Lock hospitals Punjab
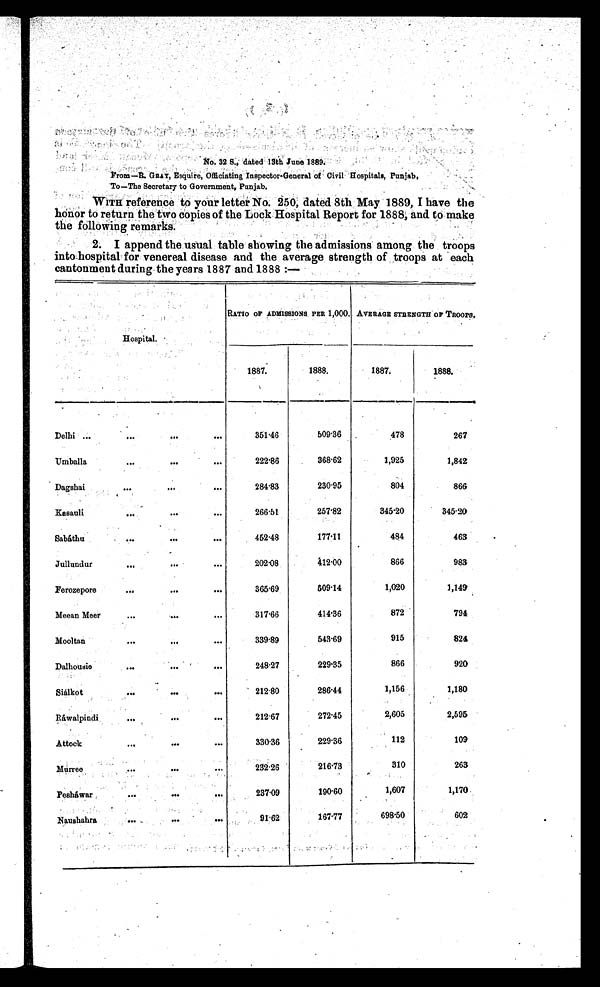
No. 32 S. dated 13th June 1889.
From-B. GRAY, Esquire, Officiating Inspector•General of Civil Hospitals, Punjab,
To-The Secretary to Government, Punjab.
WITH reference to your letter No. 250, dated 8th May 1889, I have the
honor to return the two copies of the Lock Hospital Report for 1888, and. to make
the following remarks.
2. I append the usual table showing the admissions among the troops
into hospital for venereal disease and the average strength of troops at each
cantonment during the years 1887 and 1888 :-
Hospital.
RATIO OF ADMISSIONS PER 1,000. AVERAGE STRENGTH OF TROOPS,
1887.
1888.
1 8 8 7 .
1888.
Delhi ...
. . .
...
...
351.46
509.36
478
267
Umballa
. . .
. . .
. . .
222.86
368.62
1,925
1,842
Dagshai
. . . .
. . .
. . .
284.83
230.95
804
866
Kasauli
. . .
...
. . .
266.51
257.82
345.20
345.20
Sabáthu
. . .
...
. . .
452.48
177.11
484
463
Jullundur
. . .
...
. . .
202.08
412.00
866
983
Ferozepore
...
. . .
. . .
365.69
509.14
1,020
1,149
Meean Meer
. . .
. . .
. . .
317.66
414.36
872
794
Mooltan
. . .
. . .
. . .
339.89
543.69
915
824
Dalhousie
. . .
. . .
. . .
248.27
229.35
866
920
Siálkot
. . .
. . .
. . .
212.80
286.44
1,156
1,180
Ráwalpindi
. . .
. . .
. . .
212.67
272.45
2,605
2,595
Attock
. . .
. . .
...
330.36
229.36
112
109
Murree
. . .
. . .
. . .
232.26
216.73
310
263
Pesháwar
. . .
. . .
. . .
237.09
190.60
1,607
1,170
Naushahra
. . .
. . .
. . .
91.62
167.77
698.50
602